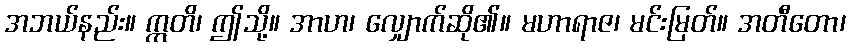
အဘယ်နည်း။ ဣတိ၊ ဤသို့။ အာဟ၊ လျှောက်ဆို၏။ မဟာရာဇ၊ မင်းမြတ်။ အတီတော၊